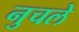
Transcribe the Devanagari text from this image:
नुचले